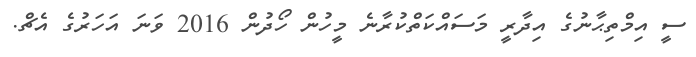
ސީ އިމްތިޙާނުގެ އިދާރީ މަސައްކަތްކުރާނެ މީހުން ހޯދުން 2016 ވަނަ އަހަރުގެ އެޗް.